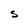
Character: S